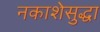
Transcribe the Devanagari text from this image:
नकाशेसुद्धा